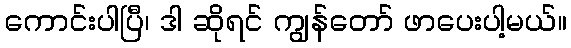
ကောင်းပါပြီ၊ ဒါ ဆိုရင် ကျွန်တော် ဖာပေးပါ့မယ်။